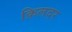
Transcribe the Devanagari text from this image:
क़िलदर